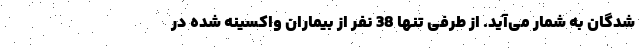
شدگان به شمار می‌آید. از طرفی تنها 38 نفر از بیماران واکسینه شده در